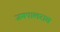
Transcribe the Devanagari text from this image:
जगपालराव